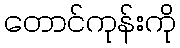
တောင်ကုန်းကို